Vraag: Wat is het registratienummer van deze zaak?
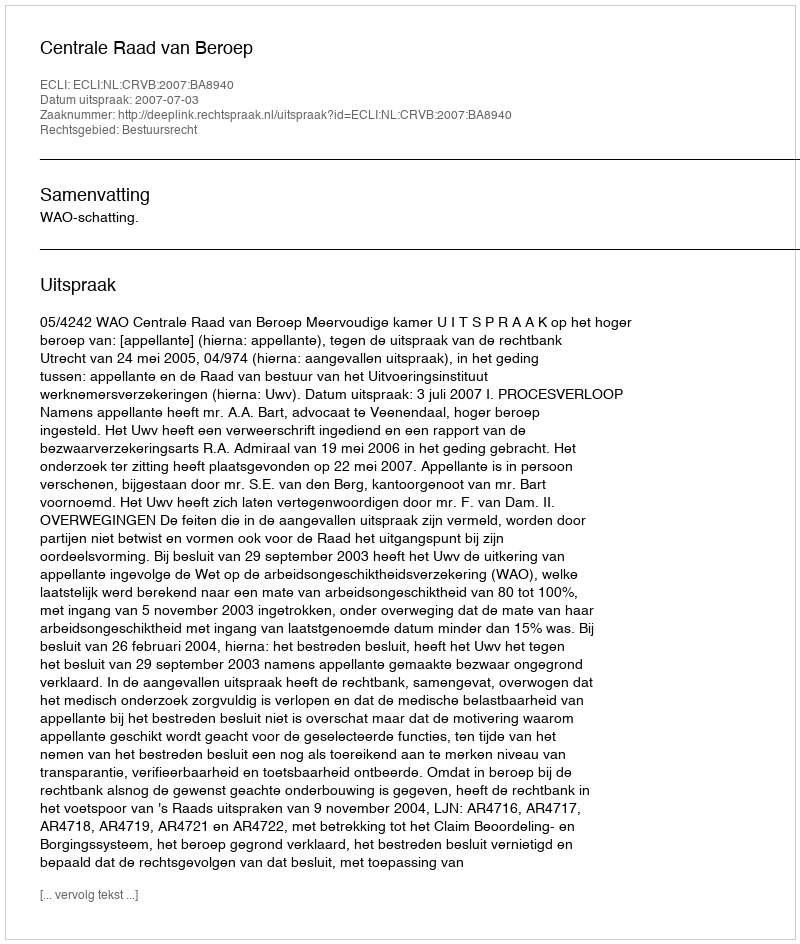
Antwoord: http://deeplink.rechtspraak.nl/uitspraak?id=ECLI:NL:CRVB:2007:BA8940